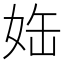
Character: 𡜊